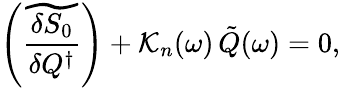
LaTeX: \left(\widetilde{\frac{\delta S_{0}}{\delta Q^{\dagger}}}\right)+{\cal K}_{n}(\omega)\, \tilde{Q}(\omega)=0,